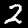
Label: 2